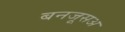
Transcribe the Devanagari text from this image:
बनजूसअ